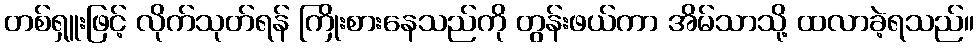
တစ်ရှူးဖြင့် လိုက်သုတ်ရန် ကြိုးစားနေသည်ကို တွန်းဖယ်ကာ အိမ်သာသို့ ထလာခဲ့ရသည်။